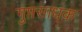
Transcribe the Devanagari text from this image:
गुप्तसाधक